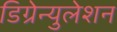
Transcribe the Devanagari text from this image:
डिग्रेन्युलेशन